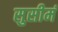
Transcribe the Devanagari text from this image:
सुसीमं